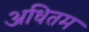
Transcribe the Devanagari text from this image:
अधितम